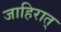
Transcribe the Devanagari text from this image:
जाहिरात्